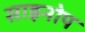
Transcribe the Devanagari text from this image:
साइनोप